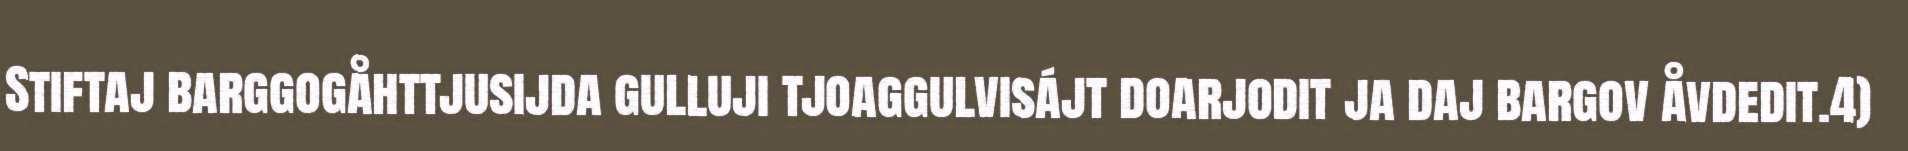
Stiftaj barggogåhttjusijda gulluji tjoaggulvisájt doarjodit ja daj bargov åvdedit.4)